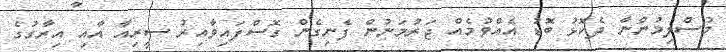
މުސްލިމުންނާ ދެކޮޅު ބޮޑު އެއްވުމެއް ޖަރުމަނުން ފެނިގެން ގޮސްފައިވާއިރު ސީރިއާ އާއި އިރާގުގެ